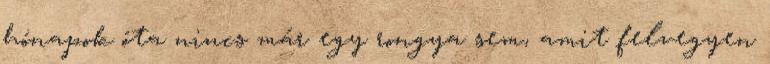
hónapok óta nincs már egy rongya sem, amit felvegyen